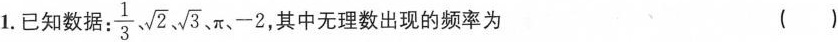
1.已知数据：\frac{1}{3}、\sqrt{2}、\sqrt{3}、\pi、-2 ，其中无理数出现的频率为 ()